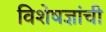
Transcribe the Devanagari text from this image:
विशेषज्ञांची